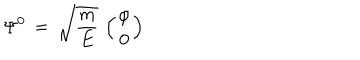
LaTeX: \Psi ^ { 0 } \, = \, \sqrt { \frac { m } { E } } \, \left( { \varphi \atop 0 } \right)